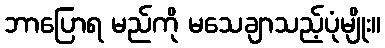
ဘာပြောရ မည်ကို မသေချာသည့်ပုံမျိုး။